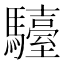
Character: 𩦽